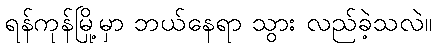
ရန်ကုန်မြို့မှာ ဘယ်နေရာ သွား လည်ခဲ့သလဲ။